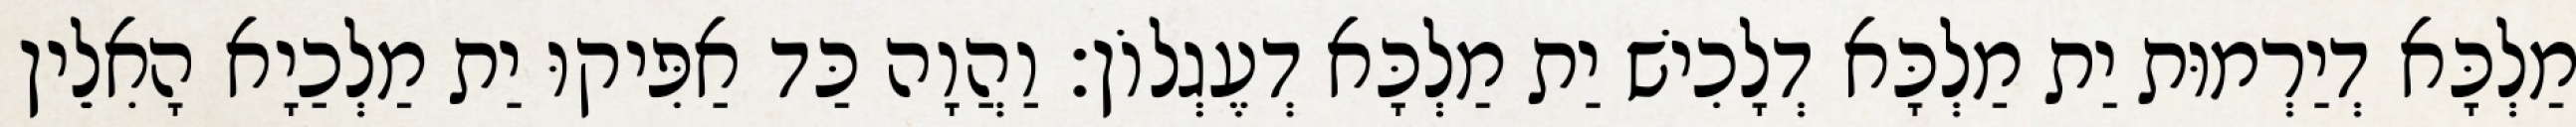
מַלְכָּא דְיַרְמוּת יַת מַלְכָּא דְלָכִישׁ יַת מַלְכָּא דְעֶגְלוֹן׃ וַהֲוָה כַּד אַפִּיקוּ יַת מַלְכַיָא הָאִלֵין